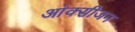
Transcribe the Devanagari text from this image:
आंक्सीजन